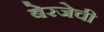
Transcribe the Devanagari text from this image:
बेरजेची